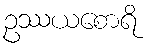
ဥဿယစောရိ